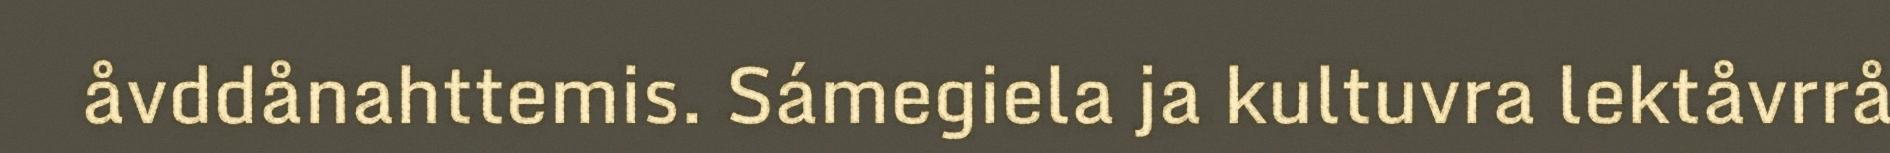
åvddånahttemis. Sámegiela ja kultuvra lektåvrrå